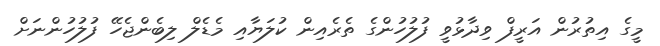
މީގެ އިތުރުން އަރީފް ވިދާޅުވީ ފުލުހުންގެ ތެރެއިން ކުލަޔާއި މެޑެލް ލިބެންޖެހޭ ފުލުހުންނަށް